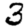
Digit: 3